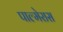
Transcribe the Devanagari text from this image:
पाल्मेरास